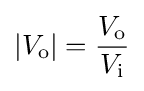
\left|V_{\text{o}}\right|={\frac {V_{\text{o}}}{V_{\text{i}}}}